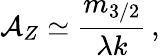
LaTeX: {\cal A}_{Z}\simeq\frac{m_{3/2}}{\lambda k}\, ,